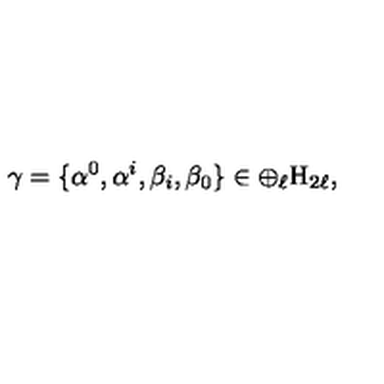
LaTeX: \gamma = \{ \alpha ^ { 0 } , \alpha ^ { i } , \beta _ { i } , \beta _ { 0 } \} \in \oplus _ { \ell } \mathrm { H } _ { 2 \ell } ,